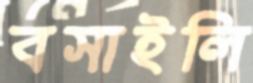
বসাইলি